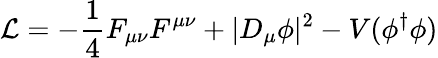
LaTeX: {\mathcal L}=-\frac{1}{4}F_{\mu\nu}F^{\mu\nu}+\vert D_{\mu}\phi\vert^{2}-V(\phi^{\dagger}\phi)